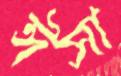
ঈসা